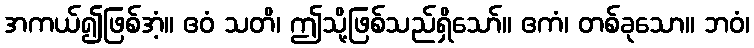
အကယ်၍ဖြစ်အံ့။ ဧဝံ သတိ၊ ဤသို့ဖြစ်သည်ရှိသော်။ ဧကံ၊ တစ်ခုသော။ ဘဝံ၊